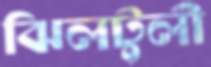
ঝিলটুলী